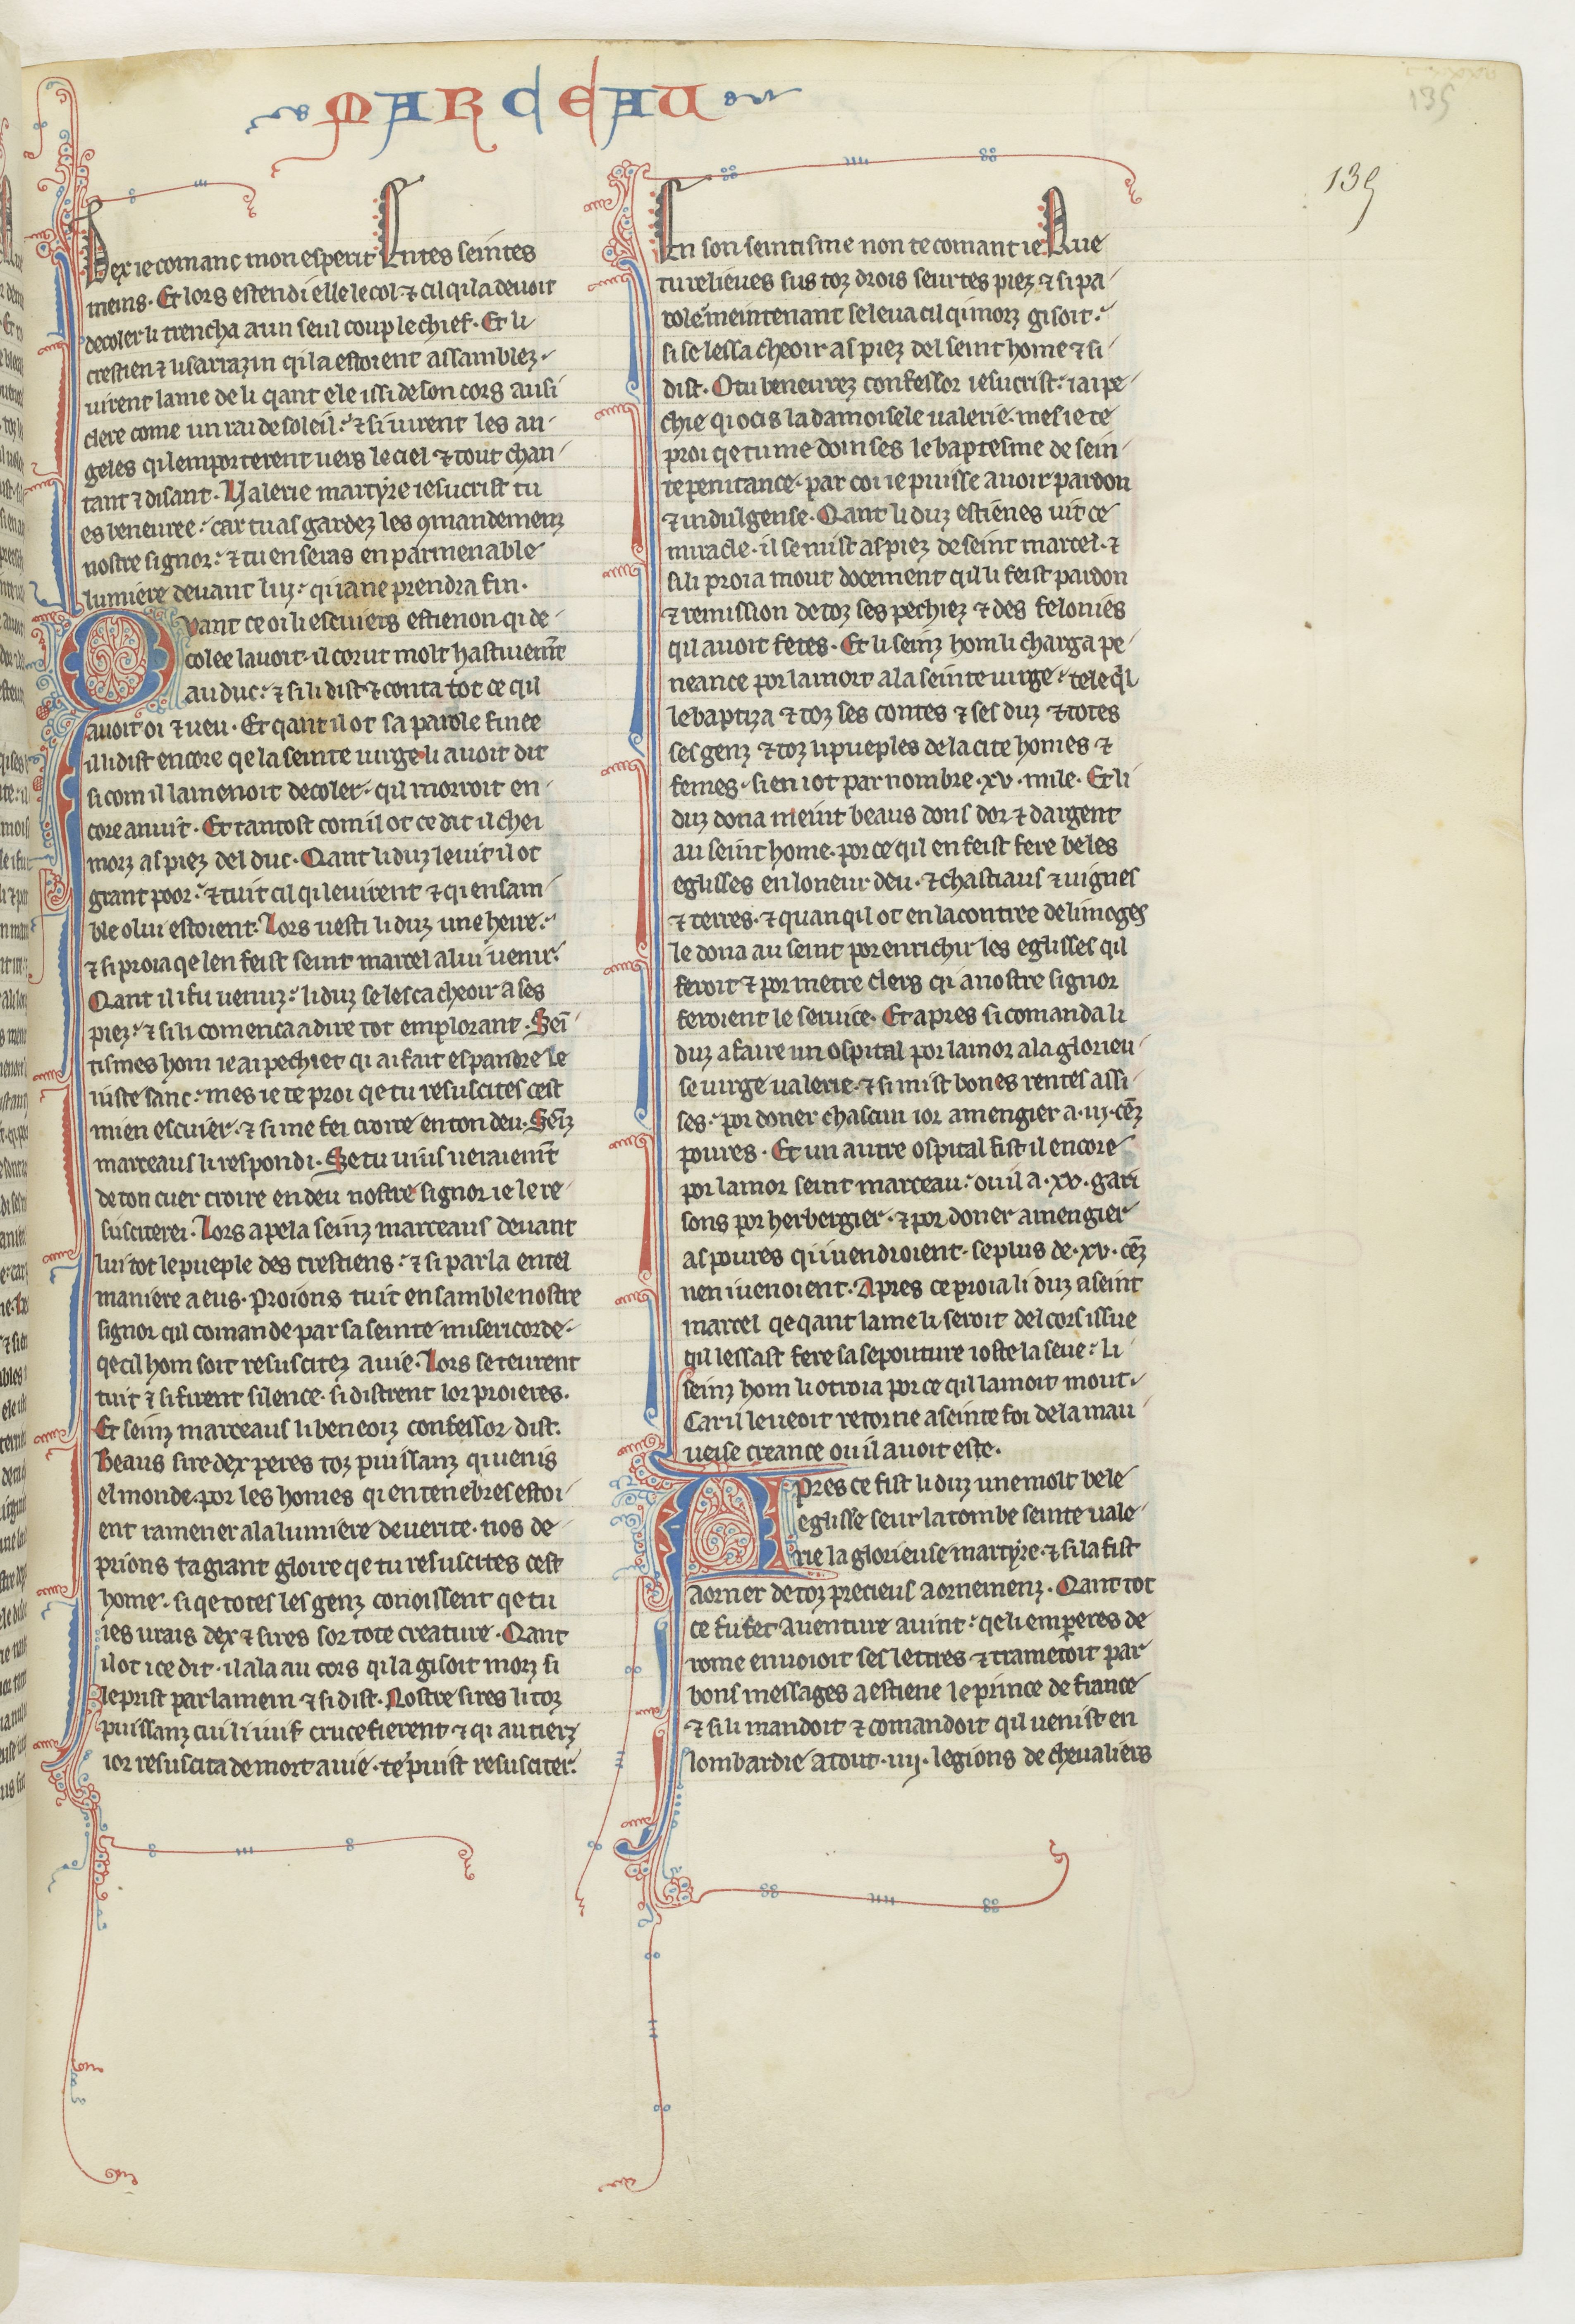
Shelfmark: Paris, BnF, fr. 412
Century: 13